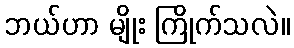
ဘယ်ဟာ မျိုး ကြိုက်သလဲ။